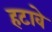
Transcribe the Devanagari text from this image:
हटावे